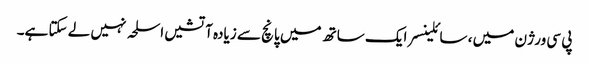
پی سی ورژن میں ، سائلینسر ایک ساتھ میں پانچ سے زیادہ آتشیں اسلحہ نہیں لے سکتا ہے۔